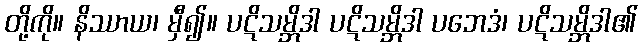
တို့ကို။ နိဿာယ၊ မှီ၍။ ပဋိသမ္ဘိဒါ ပဋိသမ္ဘိဒါ ပဘေဒံ၊ ပဋိသမ္ဘိဒါ၏